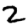
Digit: 2